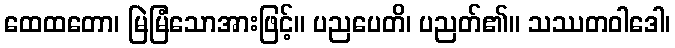
ထေထတော၊ မြဲမြံသောအားဖြင့်။ ပညပေတိ၊ ပညတ်၏။ သဿတဝါဒေါ၊